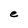
Character: e